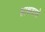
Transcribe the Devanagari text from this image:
हाथवाले